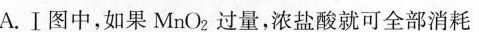
A.Ⅰ图中，如果MnO2过量，浓盐酸就可全部消耗